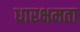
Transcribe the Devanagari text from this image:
धारक्षमता